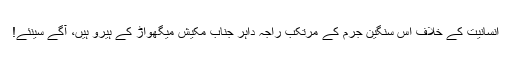
انسانیت کے خلاف اس سنگین جرم کے مرتکب راجہ داہر جناب مکیش میگھواڑ کے ہیرو ہیں، آگے سینئے!